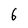
Character: 6